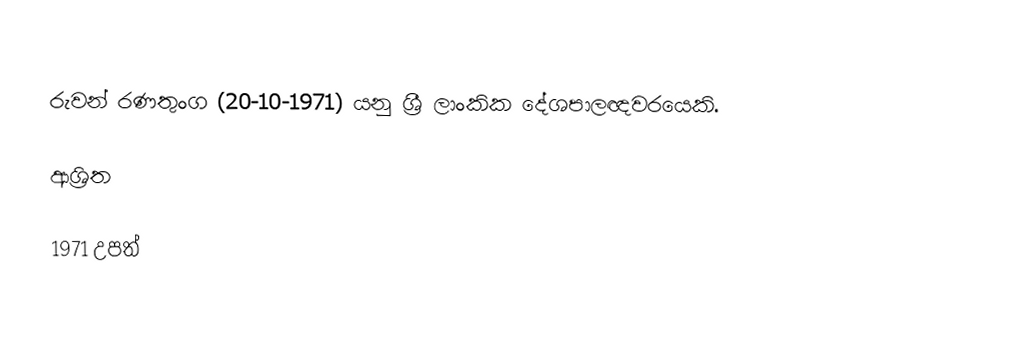
රුවන් රණතුංග (20-10-1971) යනු ශ්‍රී ලාංකික දේශපාලඥවරයෙකි.

ආශ්‍රිත

1971 උපත්